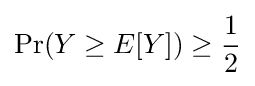
\Pr(Y\geq E[Y])\geq {\frac {1}{2}}